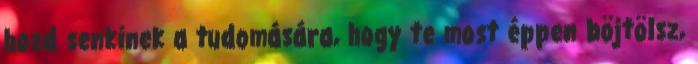
hozd senkinek a tudomására, hogy te most éppen böjtölsz,